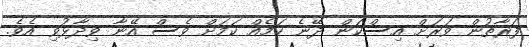
ފަރާތުން ވަރަށް އިސްކަން ދޭނެ ކަމެއް ކަމަށް ވެސް އޭނާ ވިދާޅުވި އެވެ.